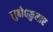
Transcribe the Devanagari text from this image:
सुबोधकुमार